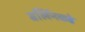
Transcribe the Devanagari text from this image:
बर्लिनकडे